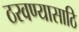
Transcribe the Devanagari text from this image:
ठरवण्यासाठि